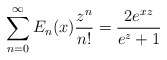
\begin{align*}\sum_{n=0}^{\infty} E_{n}(x) \frac{z^{n}}{n!} = \frac{2 e^{xz}}{e^{z}+1}\end{align*}